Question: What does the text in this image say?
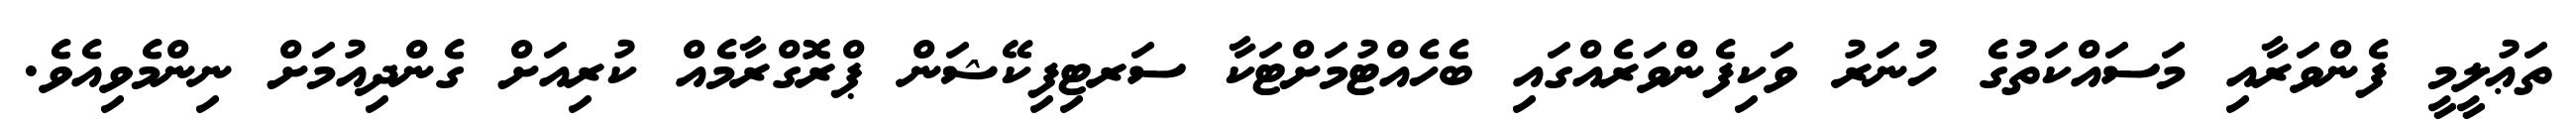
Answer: ތަޢުލީމީ ފެންވަރާއި މަސައްކަތުގެ ހުނަރު ވަކިފެންވަރެއްގައި ބެހެއްޓުމަށްޓަކާ ސަރޓިފިކޭޝަން ޕްރޮގްރާމެއް ކުރިއަށް ގެންދިއުމަށް ނިންމެވިއެވެ.